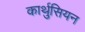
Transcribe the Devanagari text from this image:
कार्थुसियन